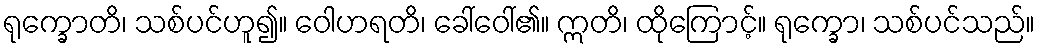
ရုက္ခောတိ၊ သစ်ပင်ဟူ၍။ ဝေါဟရတိ၊ ခေါ်ဝေါ်၏။ ဣတိ၊ ထိုကြောင့်။ ရုက္ခော၊ သစ်ပင်သည်။